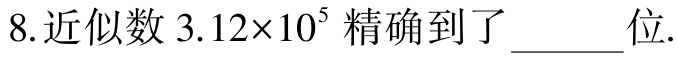
8.近似数 \(3.12\times10^{5}\) 精确到了______位.